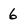
Character: 6